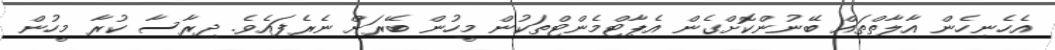
އެހެނިހެން އާލާތްތައް ބޭނުންކޮށްގެން އެޕާޓްމެންޓްތަކުން މީހުން ބޭރަށް ނެރެފައެވެ. ދިރާސާ ކުރާ މީހުން